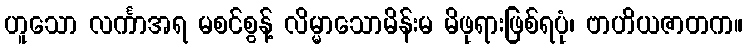
ဟူသော လင်္ကာအရ မစင်စွန့် လိမ္မာသောမိန်းမ မိဖုရားဖြစ်ရပုံ၊ ဗာဟိယဇာတက။